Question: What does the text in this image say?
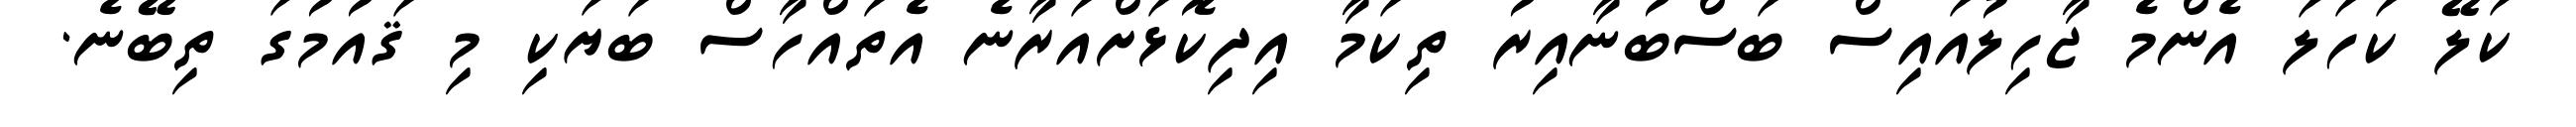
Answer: ކަލޭ ކަހަލަ އެންމެ ޖާހިލުއައިސް ބަސްބުނާއިރު ތިކަމާ އިދިކޮޅަށްއަރާނެ އެތައްހާސް ބަޔަކި މި ޤައުމުގަ ތިބޭނެ.